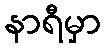
နာရီမှာ